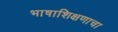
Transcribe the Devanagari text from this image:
भाषाशिक्षणाचा